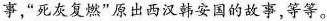
事，”死灰复燃”原出西汉韩安国的故事，等等。